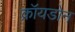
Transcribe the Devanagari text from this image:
क्रॉयडोन